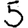
Digit: 5